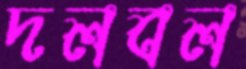
দলবল